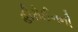
હીરોઈનની